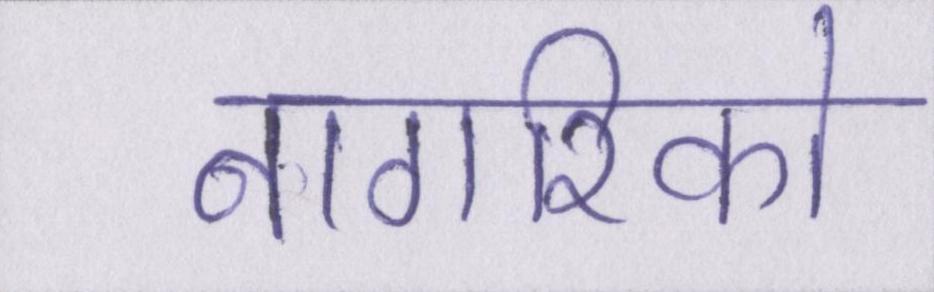
नागरिको